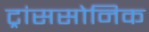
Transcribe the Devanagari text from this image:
ट्रांससोनिक